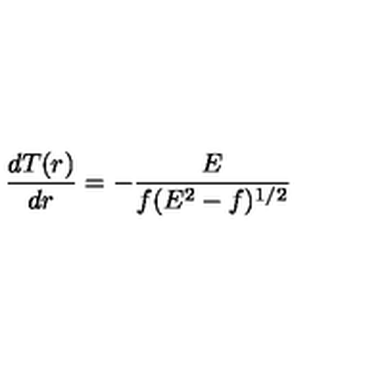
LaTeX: \frac { d T ( r ) } { d r } = - \frac { E } { f ( E ^ { 2 } - f ) ^ { 1 / 2 } } \,